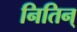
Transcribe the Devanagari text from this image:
नितिन्